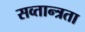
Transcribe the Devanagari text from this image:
सव्तान्त्रता